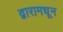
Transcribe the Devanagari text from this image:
द्वारामधून